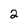
Character: 2